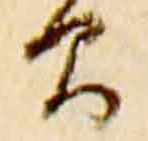
間